Supplement to the account of plague administration in the Bombay Presidency from September 1896 till May 1897
Year: 1896
Disease focus: Plague
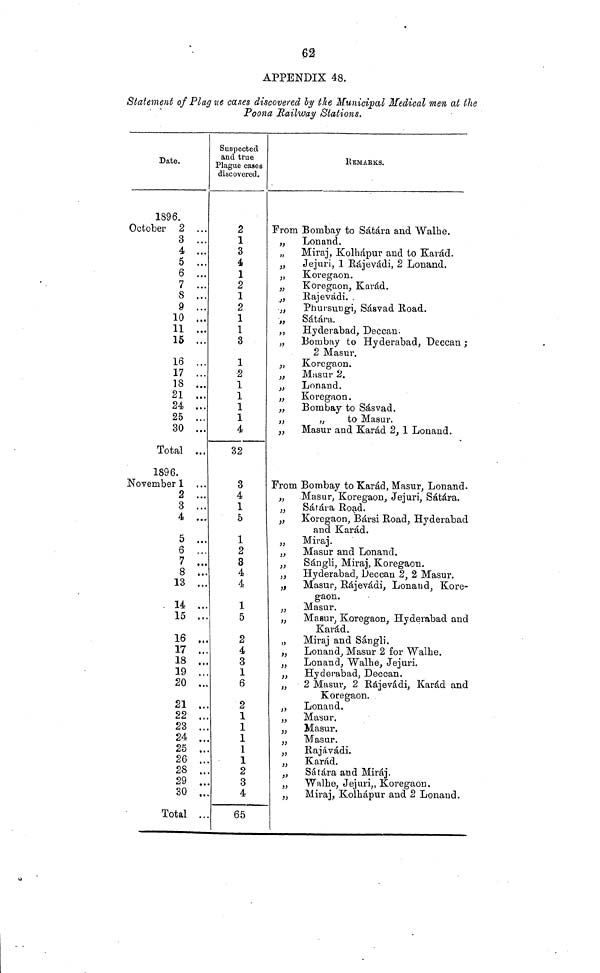
62
APPENDIX 48.
Statement of Plag ue cases discovered by the Municipal Medical men at the
Poona Railway Stations,
Date.
Suspected
and true
Plague cases
discovered.
REMARKS.
1896.
October 2
3
4
5
6
7
8
9
10
11
15
16
17
18
21
24
25
30
Total
1896.
November 1
2
3
4
6
6
7
8
13
14
15
16
17
18
19
20
21
22
23
24
25
26
28
29
30
Total
...
...
...
...
...
...
...
...
...
...
...
...
...
...
...
...
• • •
...
...
...
...
...
...
...
...
...
...
...
...
• • •
...
...
...
...
...
...
...
...
...
...
...
...
...
...
...
...
2
1
3
4
1
2
1
2
1
1
3
1
2
1
1
1
1
4
32
3
4
1
5
1
2
3
4
4
1
5
2
4
3
1
6
2
1
1
1
1
1
2
3
4
65
From
,,
,,
,,
,,
,,
,,
,,
,,
,,
,,
,,
,,
,,
,,
From
,,
,,
,,
,,
,,
,,
,,
,,
,,
,,
,,
,,
,,
,,
,,
,,
,,
,,
,,
,,
,,
,,
,,
,,
,,
,,
Bombay to Sátára and Walhe.
Lonand.
Miraj, Kolhápur and to Karád.
Jejuri, 1 Eájevádi, 2 Lonand.
Koregaon.
Koregaon. Karád.
Rajevádi. .
Phursungi, Sásvad Road.
Sátára.
Hyderabad, Deccan.
Bombay to Hyderabad, Deccan ;
3 Masur
Koregaon. Masur 2.
Lonand.
Koregaon.
Bombay to Sásvad.
„
to Masar.
Masur and Karád 2,1 Lonand.
Bombay to Karád, Masur, Lonand.
Masar, Koregaon, Jejuri, Sátára.
Sárára Road.
Koregaon, Bársi Road, Hyderabad
and Karád.
Miraj.
Masur and Lonand.
Sángli, Miraj, Koregaon.
Hyderabad, Deccan 2, 2 Masur.
Masur, Rájevádi, Lonand, Kore-
gaon.
Masur.
Masur, Koregaon, Hyderabad and
Karád.
Miraj and Sángli.
Lonand,, Masur 2 for Walhe.
Lonand, Walhe, Jejuri.
Hyderabad, Deccan.
2 Masur, 2 Rájevádi, Karád and
Koregaon.
Lonand.
Masur.
Masur.
Masur.
Rajávádi.
Karád.
Sátára and Miráj.
Walhe, Jejuri,, Koregaon.
Miraj, Kolhápur and 2 Lonand.